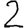
Digit: 2